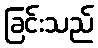
ခြင်းသည်